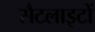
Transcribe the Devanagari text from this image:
सैटलाइटों